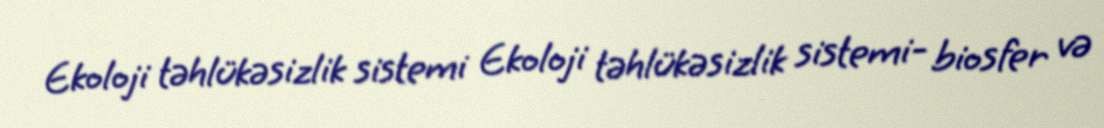
Ekoloji təhlükəsizlik sistemi Ekoloji təhlükəsizlik sistemi- biosfer və